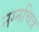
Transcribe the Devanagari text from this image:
नग्नचित्र